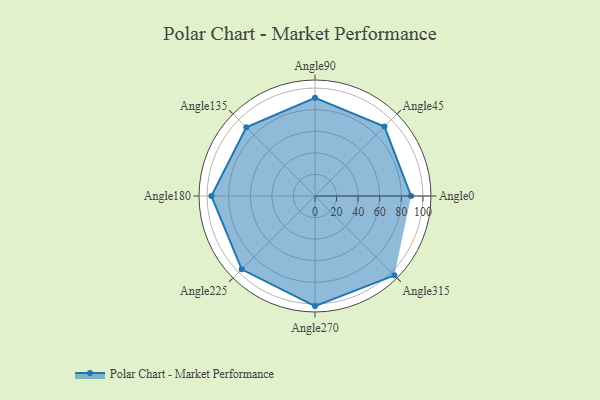
{"axis": {"x": "Angle", "y": "Radius"}, "legend": [""], "data": [{"x": "Angle0", "y": 89.0, "type": ""}, {"x": "Angle45", "y": 91.0, "type": ""}, {"x": "Angle90", "y": 91.0, "type": ""}, {"x": "Angle135", "y": 90.0, "type": ""}, {"x": "Angle180", "y": 96.0, "type": ""}, {"x": "Angle225", "y": 96.0, "type": ""}, {"x": "Angle270", "y": 102.0, "type": ""}, {"x": "Angle315", "y": 104.0, "type": ""}]}